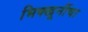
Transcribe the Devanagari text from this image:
भिक्खूनींचा